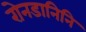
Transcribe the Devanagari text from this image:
रोनडानिनि